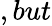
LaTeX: ,but